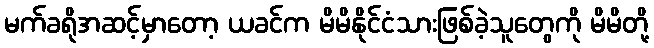
မက်ခရိုအဆင့်မှာတော့ ယခင်က မိမိနိုင်ငံသားဖြစ်ခဲ့သူတွေကို မိမိတို့